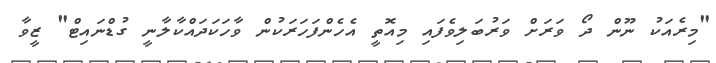
"މިރެއަކު ނޫން ދޯ ވަރަށް ވަރުބަލިވެފައި މިއޮތީ އެހެންފަހަރަކުން ވާހަކަދައްކާލާނީ ގުޑްނައިޓް" ޒީވާ